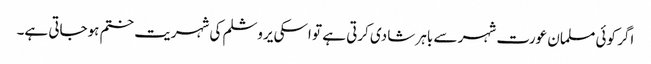
اگر کوئی مسلمان عورت شہر سے باہر شادی کرتی ہے تو اسکی یروشلم کی شہریت ختم ہوجاتی ہے۔